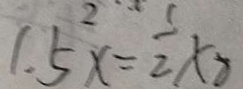
1 . 5 x = \frac { 1 } { 2 } \times 8